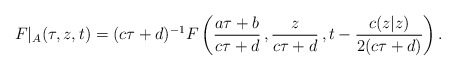
\begin{align*}F|_A (\tau, z, t) = (c\tau +d)^{-1} F\left(\frac{a\tau + b}{c\tau+d}\,, \frac{z}{c\tau+d}\,, t-\frac{c(z|z)}{2(c \tau+d)} \right).\end{align*}